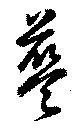
藍